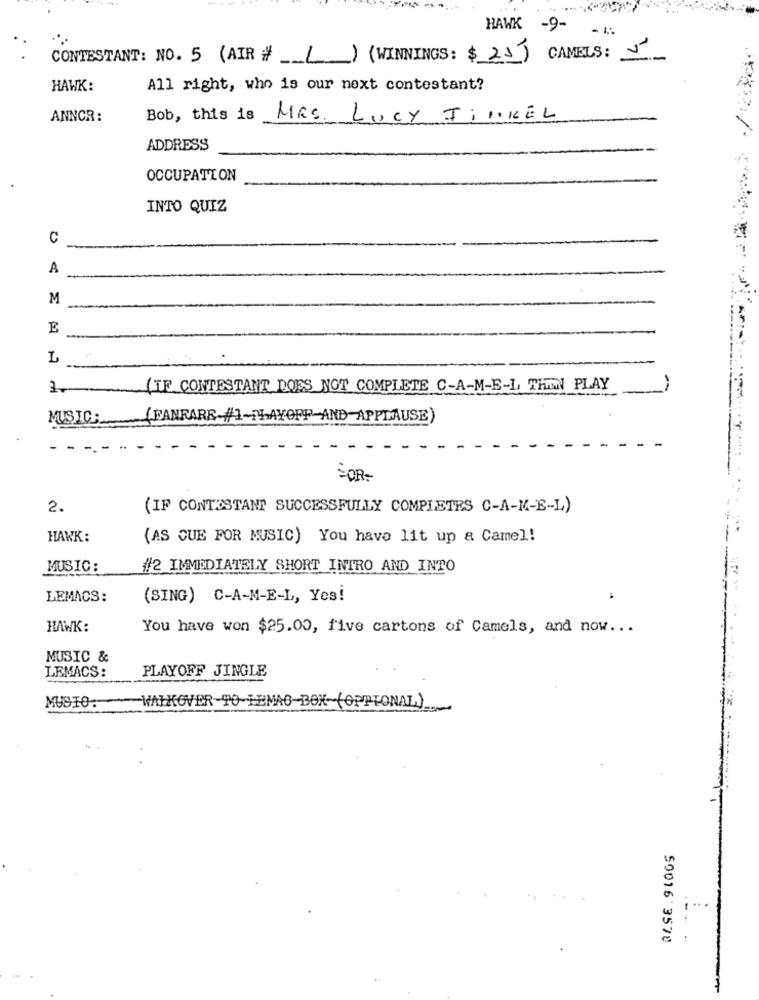
HAWK
-9-
CONTESTANT: NO. 5 (AIR # () (WINNINGS: $25)
CAMELS: 5
HAWK:
All right, who is our next contestant?
ANNCR:
Bob, this is
MRS. LUCY FINKEL
ADDRESS
OCCUPATION
INTO QUIZ
C
A
M
E
L
(IF CONTESTANT DOES NOT COMPLETE C-A-M-E-L THEN PLAY
----
MUSIC:
( FANFARE #1-1LAYOFF AND APPLAUSE)
FOR-
2.
(IF CONTESTANT SUCCESSFULLY COMPLETES C-A-K-E-L)
HAWK:
(AS QUE FOR MUSIC) You have lit up & Camel!
MUSIC:
#2 IMMEDIATELY SHORT INTRO AND INTO
LEMACS:
(SING) C-A-M-E-L, Yes!
HAWК:
You have won $25.00, five cartons of Camels, and now ...
MUSIC &
PLAYOFF JINGLE
LEMACS:
MUSIO.
WALKOVER-TO-LEMAO BOX-(OPPTONAL)
50016 3570